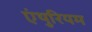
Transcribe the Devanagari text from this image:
एंथुरियम